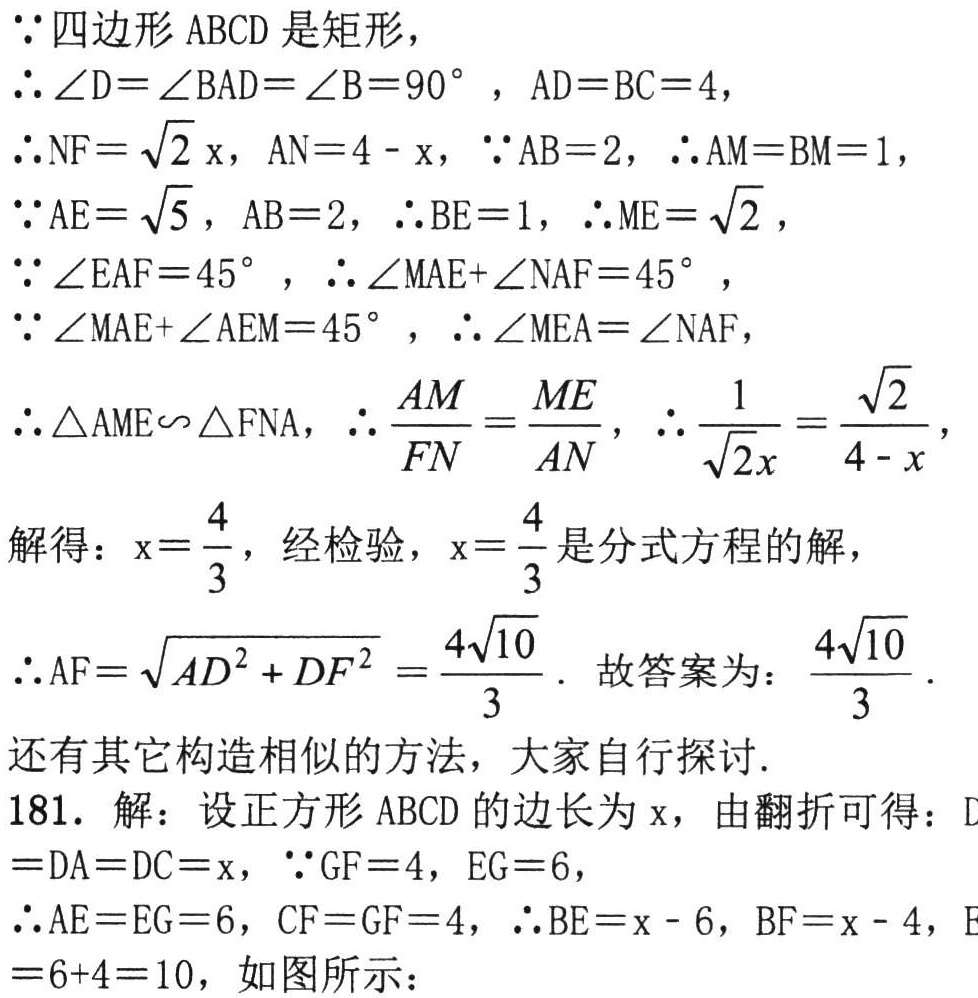
\(\because\)四边形 \(ABCD\) 是矩形，
\(\therefore\angle D = \angle BAD=\angle B = 90^{\circ}\)，\(AD = BC = 4\)，
\(\therefore NF = \sqrt{2}x\)，\(AN = 4 - x\)，\(\because AB = 2\)，\(\therefore AM = BM = 1\)，
\(\because AE=\sqrt{5}\)，\(AB = 2\)，\(\therefore BE = 1\)，\(\therefore ME=\sqrt{2}\)，
\(\because\angle EAF = 45^{\circ}\)，\(\therefore\angle MAE+\angle NAF = 45^{\circ}\)，
\(\because\angle MAE+\angle AEM = 45^{\circ}\)，\(\therefore\angle MEA=\angle NAF\)，
\(\therefore\triangle AME\backsim\triangle FNA\)，\(\therefore\frac{AM}{FN}=\frac{ME}{AN}\)，\(\therefore\frac{1}{\sqrt{2}x}=\frac{\sqrt{2}}{4 - x}\)，
解得：\(x = \frac{4}{3}\)，经检验，\(x=\frac{4}{3}\)是分式方程的解，
\(\therefore AF=\sqrt{AD^{2}+DF^{2}}=\frac{4\sqrt{10}}{3}\). 故答案为：\(\frac{4\sqrt{10}}{3}\).
还有其它构造相似的方法，大家自行探讨.
181. 解：设正方形 \(ABCD\) 的边长为 \(x\)，由翻折可得：\(
= DA = DC = x\)，\(\because GF = 4\)，\(EG = 6\)，
\(\therefore AE = EG = 6\)，\(CF = GF = 4\)，\(\therefore BE = x - 6\)，\(BF = x - 4\)，\(E
= 6 + 4 = 10\)，如图所示：